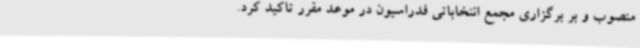
منصوب و بر برگزاری مجمع انتخاباتی فدراسیون در موعد مقرر تاکید کرد.